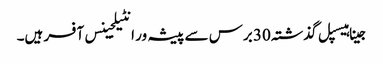
جینا ہیسپل گذشتہ 30 برس سے پیشہ ور انٹیلجینس آفسر ہیں۔